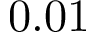
0 . 0 1